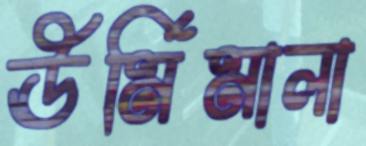
ঊর্মিমালা